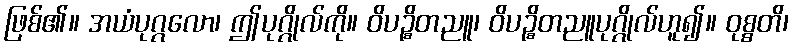
ဖြစ်၏။ အယံပုဂ္ဂလော၊ ဤပုဂ္ဂိုလ်ကို။ ဝိပဉ္စိတညူ၊ ဝိပဉ္စိတညူပုဂ္ဂိုလ်ဟူ၍။ ဝုစ္စတိ၊